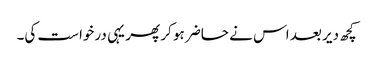
کچھ دیر بعد اس نے حاضر ہو کر پھر یہی درخواست کی۔